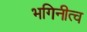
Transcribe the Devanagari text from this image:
भगिनीत्व